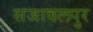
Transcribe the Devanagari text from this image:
सजावलपुर